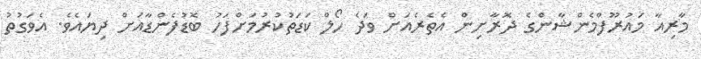
މާރިއާ މައުރޫފްމެންޝާންގެ ދޮރާށިން އެތެރެއަށް ވަދެ ހޯލް ކަޑަތުކުރުމަށްފަހު ބޮޑުފެންޑާއަށް ދިޔައެވެ. އެވަގުތު